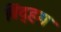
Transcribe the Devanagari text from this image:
विंद्हम